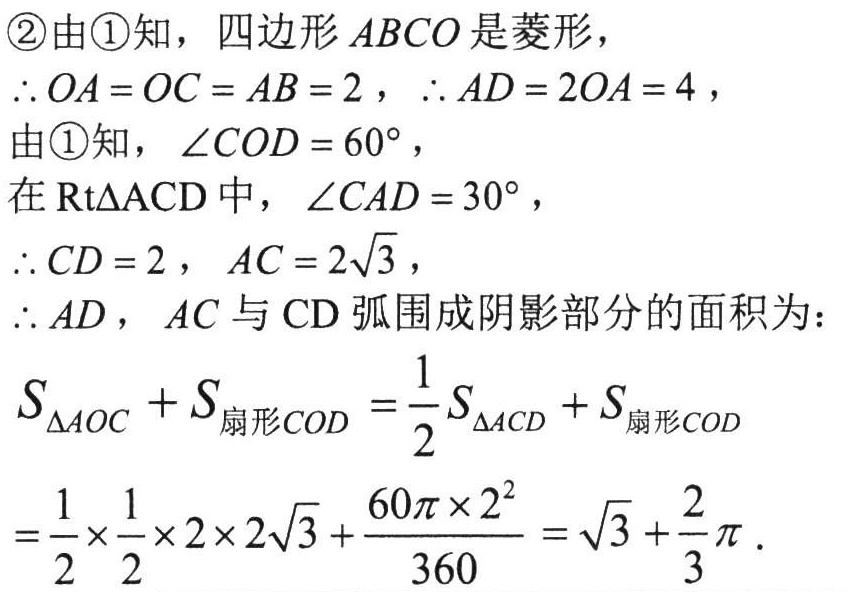
\textcircled{2}由\textcircled{1}知，四边形\(ABCO\)是菱形，
\(\therefore OA = OC = AB = 2\)，\(\therefore AD = 2OA = 4\)，
由\textcircled{1}知，\(\angle COD = 60^{\circ}\)，
在\(\text{Rt}\triangle ACD\)中，\(\angle CAD = 30^{\circ}\)，
\(\therefore CD = 2\)，\(AC = 2\sqrt{3}\)，
\(\therefore AD\)，\(AC\)与\(CD\)弧围成阴影部分的面积为：
\(S_{\triangle AOC}+S_{扇形COD}=\frac{1}{2}S_{\triangle ACD}+S_{扇形COD}\)
\(=\frac{1}{2}\times\frac{1}{2}\times2\times2\sqrt{3}+\frac{60\pi\times2^{2}}{360}=\sqrt{3}+\frac{2}{3}\pi\)．